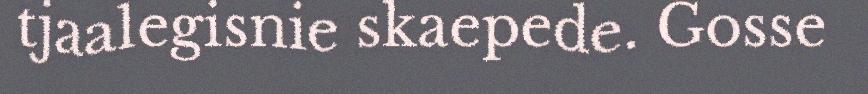
tjaalegisnie skaepede. Gosse